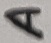
Text: A